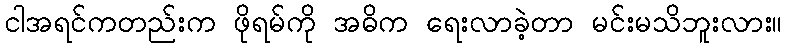
ငါအရင်ကတည်းက ဖိုရမ်ကို အဓိက ရေးလာခဲ့တာ မင်းမသိဘူးလား။